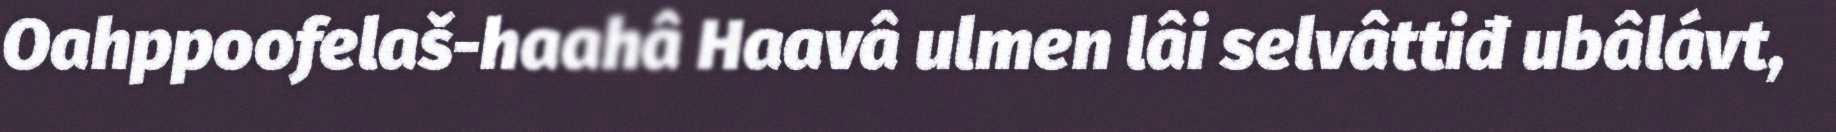
Oahppoofelaš-haahâ Haavâ ulmen lâi selvâttiđ ubâlávt,